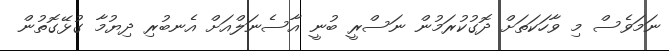
ނަމަވެސް މި ވާހަކަތަށް ދޮގުކުރަމުން ނަސްރީ ބުނީ އާސެނަލްއަށް އެނބުރި ދިޔުމާ ގުޅޭގޮތުން